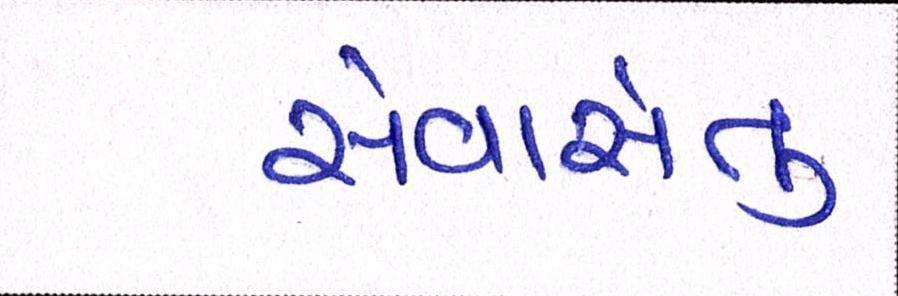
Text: સેવાસેતુ